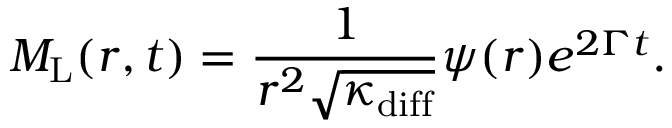
M _ { \mathrm { L } } ( r , t ) = \frac { 1 } { r ^ { 2 } \sqrt { \kappa _ { \mathrm { d i f f } } } } \psi ( r ) e ^ { 2 \Gamma t } .